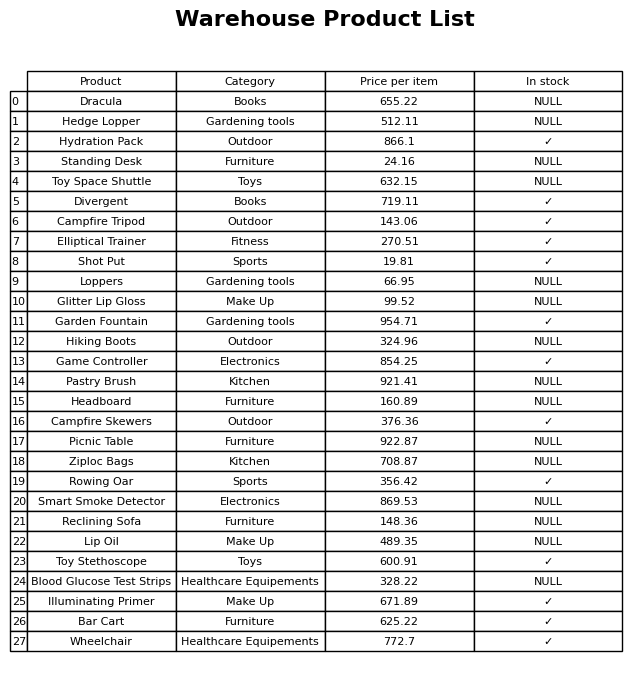
question: What is the price for Reclining Sofa?
answer: The price of Reclining Sofa is 148.36.